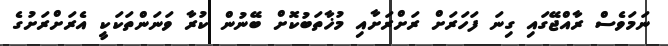
ނަމަވެސް ރާއްޖޭގައި ގިނަ ފަހަރަށް ރަށްރަށާއި މުޚާތަބުކޮށް ބޭނުން ކުރާ ވަނަންތަކަކީ އެރަށްރަށުގެ